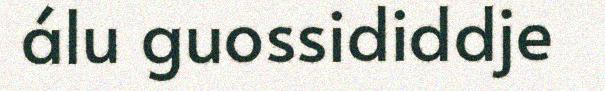
álu guossididdje